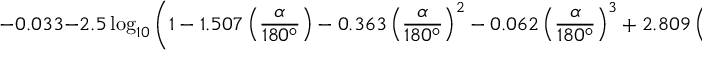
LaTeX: - 0 . 0 3 3 - 2 . 5 \log _ { 1 0 } { \left( 1 - 1 . 5 0 7 \left( { \frac { \alpha } { 1 8 0 ^ { \circ } } } \right) - 0 . 3 6 3 \left( { \frac { \alpha } { 1 8 0 ^ { \circ } } } \right) ^ { 2 } - 0 . 0 6 2 \left( { \frac { \alpha } { 1 8 0 ^ { \circ } } } \right) ^ { 3 } + 2 . 8 0 9 \left( { \frac { \alpha } { 1 8 0 ^ { \circ } } } \right) ^ { 4 } - 1 . 8 7 6 \left( { \frac { \alpha } { 1 8 0 ^ { \circ } } } \right) ^ { 5 } \right) }